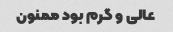
عالی و گرم بود ممنون